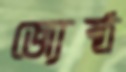
জ্যেষ্ঠ